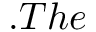
. T h e